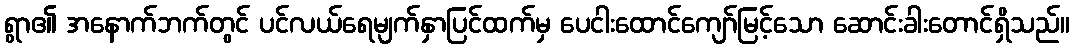
ရွာ၏ အနောက်ဘက်တွင် ပင်လယ်ရေမျက်နှာပြင်ထက်မှ ပေငါးထောင်ကျော်မြင့်သော ဆောင်းခါးတောင်ရှိသည်။